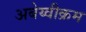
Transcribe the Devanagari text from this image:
अबेय्वीक्रम